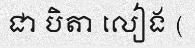
ជា បិតា លៀង (